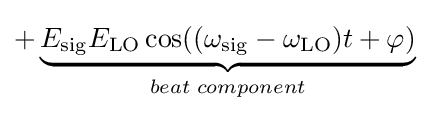
+\underbrace {E_{\mathrm {sig} }E_{\mathrm {LO} }\cos((\omega _{\mathrm {sig} }-\omega _{\mathrm {LO} })t+\varphi )} _{beat\;component}